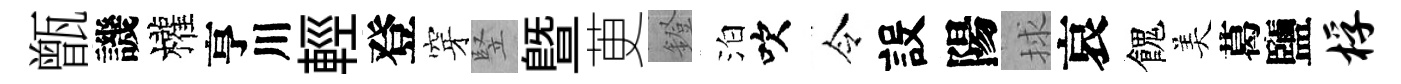
甑譏權亨川輕登穿竪曁茰鐙泊吹令設陽捄哀餽美葛鹽桴